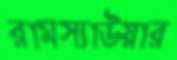
রামস্যাউয়ার